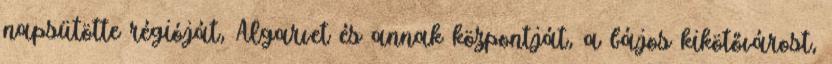
napsütötte régióját, Algarvet és annak központját, a bájos kikötővárost,